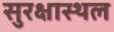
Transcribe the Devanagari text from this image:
सुरक्षास्थल